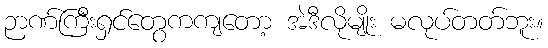
ဉာဏ်ကြီးရှင်တွေကကျတော့ အဲဒီလိုမျိုး မလုပ်တတ်ဘူး။